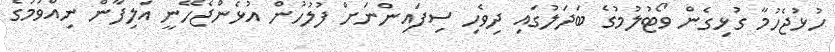
ހުޅުޖެހުމާ ގުޅިގެން ވޯޓުލުމުގެ ބަދަލުގައި ދިވެހި ސިފައިންނަށް ފުލުހުން އުޅެންޖެހޭނީ އަލިފާން ނިއްވުމުގެ